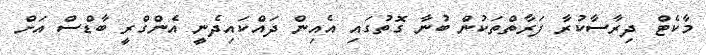
މާކެޓް ދިރާސާކުރާ ފަރާތްތަކުން ބުނާ ގޮތުގައި އެއިން ދައްކައިދެނީ އެންގްރީ ބާޑްސް އަށް